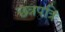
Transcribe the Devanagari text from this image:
छत्रपत्रि